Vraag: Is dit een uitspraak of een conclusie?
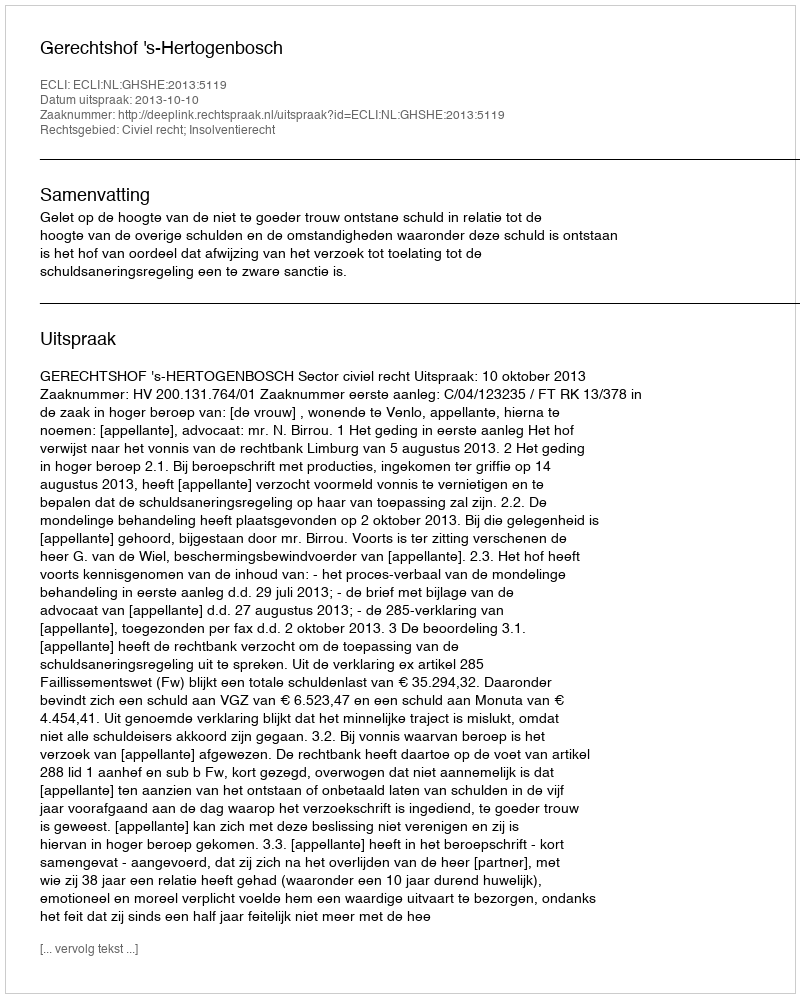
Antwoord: Uitspraak